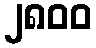
၂၈၀၀